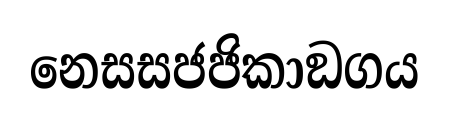
නෙසසජජිකාඞගය